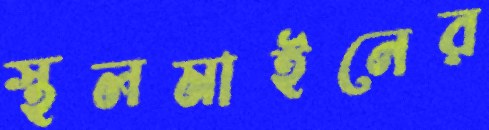
স্থলমাইনের